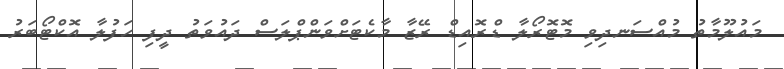
މައުލޫމާތު މުއްސަނދިވި މޮޓޮރޯލާ ޑްރޮއިޑް ރޭޒާ މާކެޓަށްވަންޕްލަސް ދައުވަތު ދީފި ހަފުލާ އޮކްޓޯބަރު